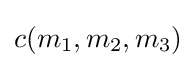
c(m_{1},m_{2},m_{3})